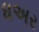
ધઅર